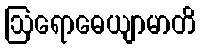
ဩရောဓေယျာမာတိ